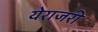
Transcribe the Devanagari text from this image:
येराजरी